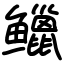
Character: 𫚭